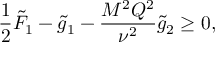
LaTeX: \frac { 1 } { 2 } \tilde { F } _ { 1 } - \tilde { g } _ { 1 } - \frac { M ^ { 2 } Q ^ { 2 } } { \nu ^ { 2 } } \tilde { g } _ { 2 } \geq 0 ,